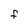
Character: F